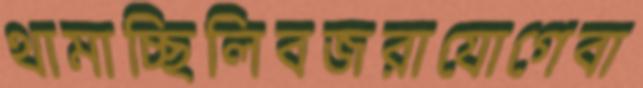
থামাচ্ছিলিবজরাযোগেবা